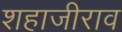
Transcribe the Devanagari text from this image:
शहाजीराव